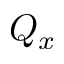
Q _ { x }